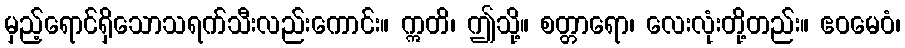
မှည့်ရောင်ရှိသောသရက်သီးလည်းကောင်း။ ဣတိ၊ ဤသို့။ စတ္တာရော၊ လေးလုံးတို့တည်း။ ဧဝမေဝံ၊